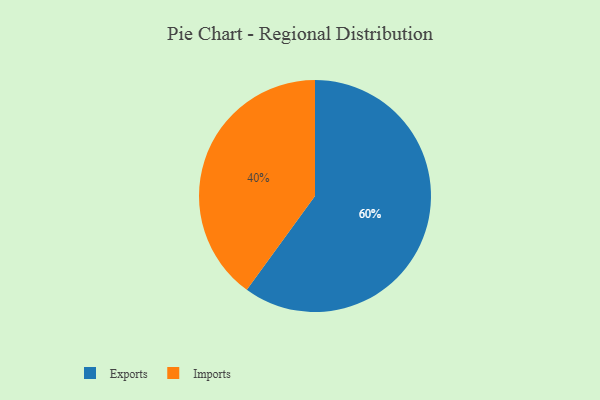
{"axis": {"x": "Category", "y": "Percentage"}, "legend": ["Exports", "Imports"], "data": [{"x": "Exports", "y": 60, "type": "Exports"}, {"x": "Imports", "y": 40, "type": "Imports"}]}